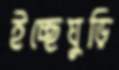
ইচ্ছেঘুড়ি